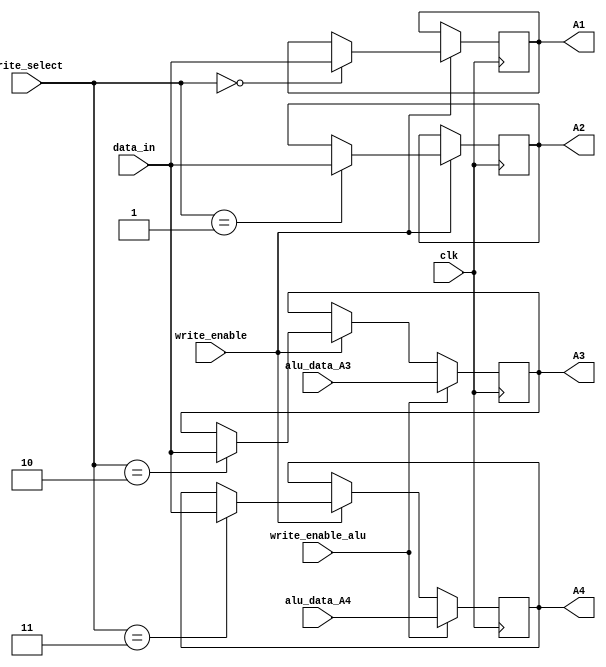
module RegisterFile (
    input clk,
    input write_enable,
    input write_enable_alu,
    input [1:0] write_select,
    input [511:0] data_in,
    input [511:0] alu_data_A3,
    input [511:0] alu_data_A4,
    output reg [511:0] A1,
    output reg [511:0] A2,
    output reg [511:0] A3,
    output reg [511:0] A4
);

    always @(posedge clk) begin
        if (write_enable) begin
            case (write_select)
                2'b00: A1 <= data_in;
                2'b01: A2 <= data_in;
                2'b10: A3 <= data_in;
                2'b11: A4 <= data_in;
            endcase
        end

        if (write_enable_alu) begin
            A3 <= alu_data_A3;
            A4 <= alu_data_A4;
        end
    end
endmodule